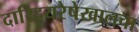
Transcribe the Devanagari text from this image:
दारिद्र्यरेषेखालचा